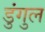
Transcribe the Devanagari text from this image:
डुंगुल